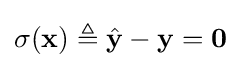
\sigma (\mathbf {x} )\triangleq {\hat {\mathbf {y} }}-\mathbf {y} =\mathbf {0}